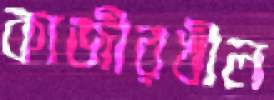
কাজীরখীল